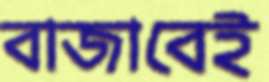
বাজাবেই